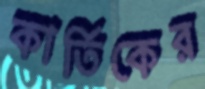
কার্তিকের